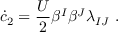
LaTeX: \dot { c } _ { 2 } = \frac { U } 2 \beta ^ { I } \beta ^ { J } \lambda _ { I J } ~ .